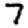
Digit: 7